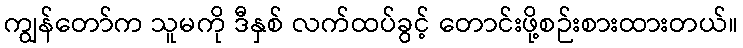
ကျွန်တော်က သူမကို ဒီနှစ် လက်ထပ်ခွင့် တောင်းဖို့စဉ်းစားထားတယ်။